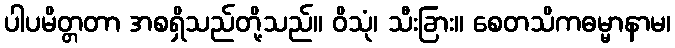
ပါပမိတ္တတာ အစရှိသည်တို့သည်။ ဝိသုံ၊ သီးခြား။ စေတသိကဓမ္မာနာမ၊